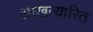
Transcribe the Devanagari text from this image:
आखत्यारित